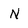
Character: N